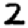
Digit: 2